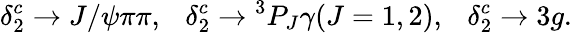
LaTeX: \delta_{2}^{c}\rightarrow J/\psi\pi\pi,~~~\delta_{2}^{c}\rightarrow{}^{3}P_{J}\gamma(J=1,2),~~~\delta_{2}^{c}\rightarrow 3g.